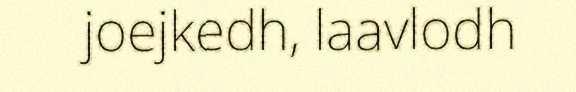
joejkedh, laavlodh